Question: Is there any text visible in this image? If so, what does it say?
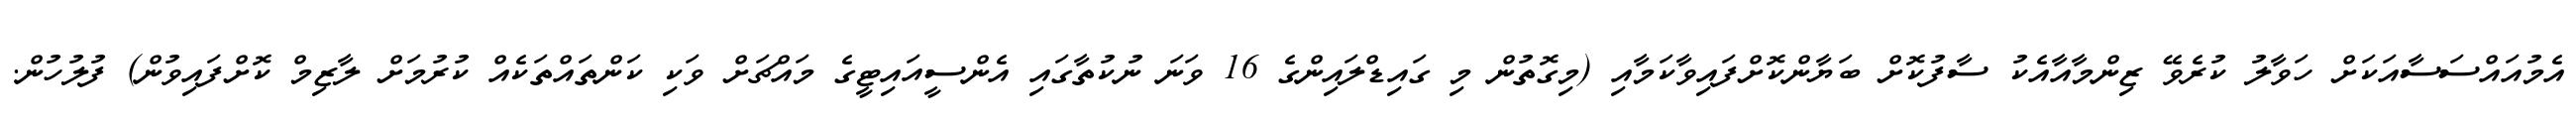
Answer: އެމުއައްސަސާއަކަށް ހަވާލު ކުރެވޭ ޒިންމާއާއެކު ސާފުކޮށް ބަޔާންކޮށްފައިވާކަމާއި (މިގޮތުން މި ގައިޑްލައިންގެ 16 ވަނަ ނުކުތާގައި އެންސީއައިޓީގެ މައްޗަށް ވަކި ކަންތައްތަކެއް ކުރުމަށް ލާޒިމް ކޮށްފައިވުން) ފުލުހުން.